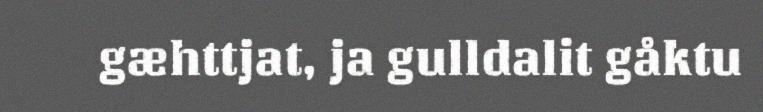
gæhttjat, ja gulldalit gåktu